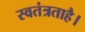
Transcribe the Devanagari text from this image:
स्वतंत्रताहै।